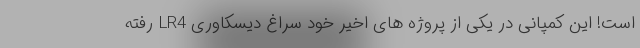
است! این کمپانی در یکی از پروژه های اخیر خود سراغ دیسکاوری LR4 رفته